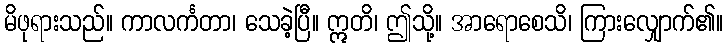
မိဖုရားသည်။ ကာလင်္ကတာ၊ သေခဲ့ပြီ။ ဣတိ၊ ဤသို့။ အာရောစေသိ၊ ကြားလျှောက်၏။